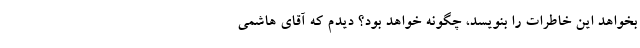
بخواهد این خاطرات را بنویسد، چگونه خواهد بود؟ دیدم که آقای هاشمی